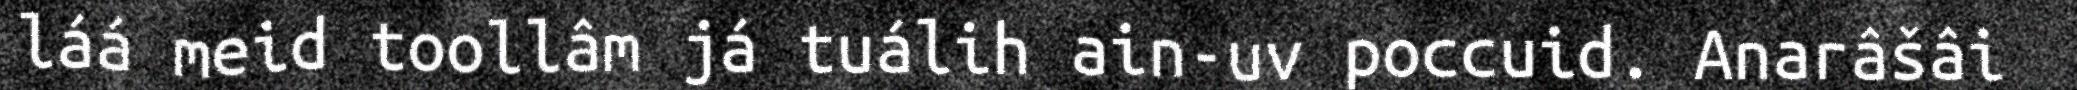
láá meid toollâm já tuálih ain-uv poccuid. Anarâšâi